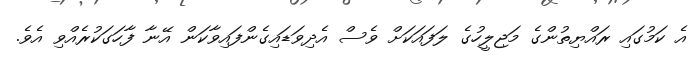
އެ ކަމުގައި ރައްޔިތުންގެ މަޖިލީހުގެ ލަފައަކަށް ވެސް އެދިވަޑައިގެންފައިވާކަން އޭނާ ފާހަގަކުރެއްވި އެވެ.